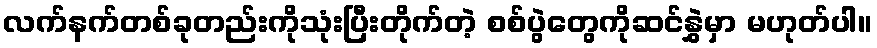
လက်နက်တစ်ခုတည်းကိုသုံးပြီးတိုက်တဲ့ စစ်ပွဲတွေကိုဆင်နွှဲမှာ မဟုတ်ပါ။